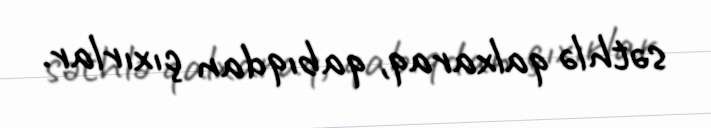
səthlə qalxaraq, qabıqdan çıxırlar.